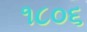
૧૮૦૬